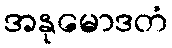
အနုမောဒတံ